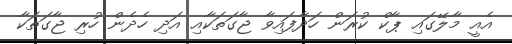
އެއީ މާލޭގައި ޕާކް ކުރަން ހަދާފައިވާ ޖާގަތަކާއި އަދި ހެދެން ހުރި ޖާގަތަކާ